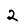
Digit: 2